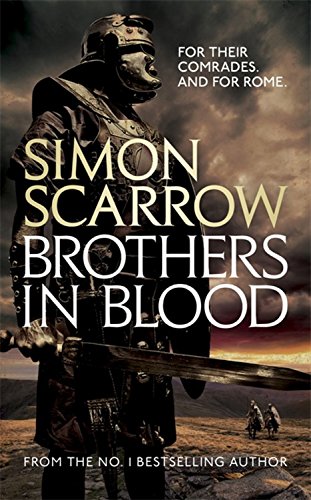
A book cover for Brothers in Blood (Eagles of the Empire); Simon Scarrow; Mystery, Thriller & Suspense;